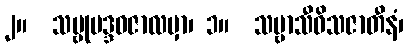
၂။  သဗ္ဗုပဒ္ဒဝဇာလမှာ၊ ၁။  သဗ္ဗာသီဝိသဇာတီနံ၊